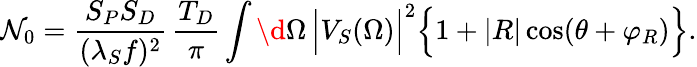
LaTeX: \mathcal{N}_{0}=\frac{{S_{P}S_{D}}}{{(\lambda_{S}f)^{2}}}\, \frac{{T_{D}}}{{\pi}}\int\d{\Omega}\, \Big|V_{S}(\Omega)\Big|^{2}\Big\{ 1+|R|\cos(\theta+\varphi_{R})\Big\} .